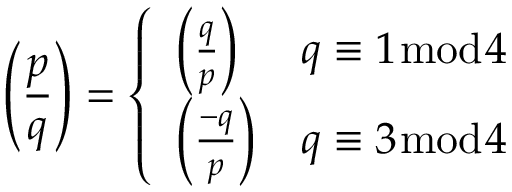
\left( { \frac { p } { q } } \right) = { \left\{ \begin{array} { l l } { \left( { \frac { q } { p } } \right) } & { q \equiv 1 { \bmod { 4 } } } \\ { \left( { \frac { - q } { p } } \right) } & { q \equiv 3 { \bmod { 4 } } } \end{array} \right. }